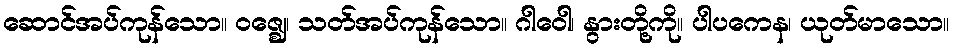
ဆောင်အပ်ကုန်သော။ ဝဇ္ဈေ၊ သတ်အပ်ကုန်သော။ ဂါဝေါ၊ နွားတို့ကို။ ပါပကေန၊ ယုတ်မာသော။